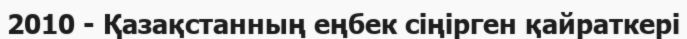
2010 - Қазақстанның еңбек сіңірген қайраткері